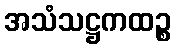
အသံသဋ္ဌကထဉ္စ